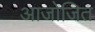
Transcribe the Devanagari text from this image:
आजोजित